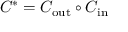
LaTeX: C ^ { * } = C _ { \mathrm { o u t } } \circ C _ { \mathrm { i n } }